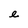
Character: e